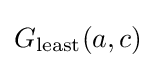
G_{\mathrm {least} }(a,c)